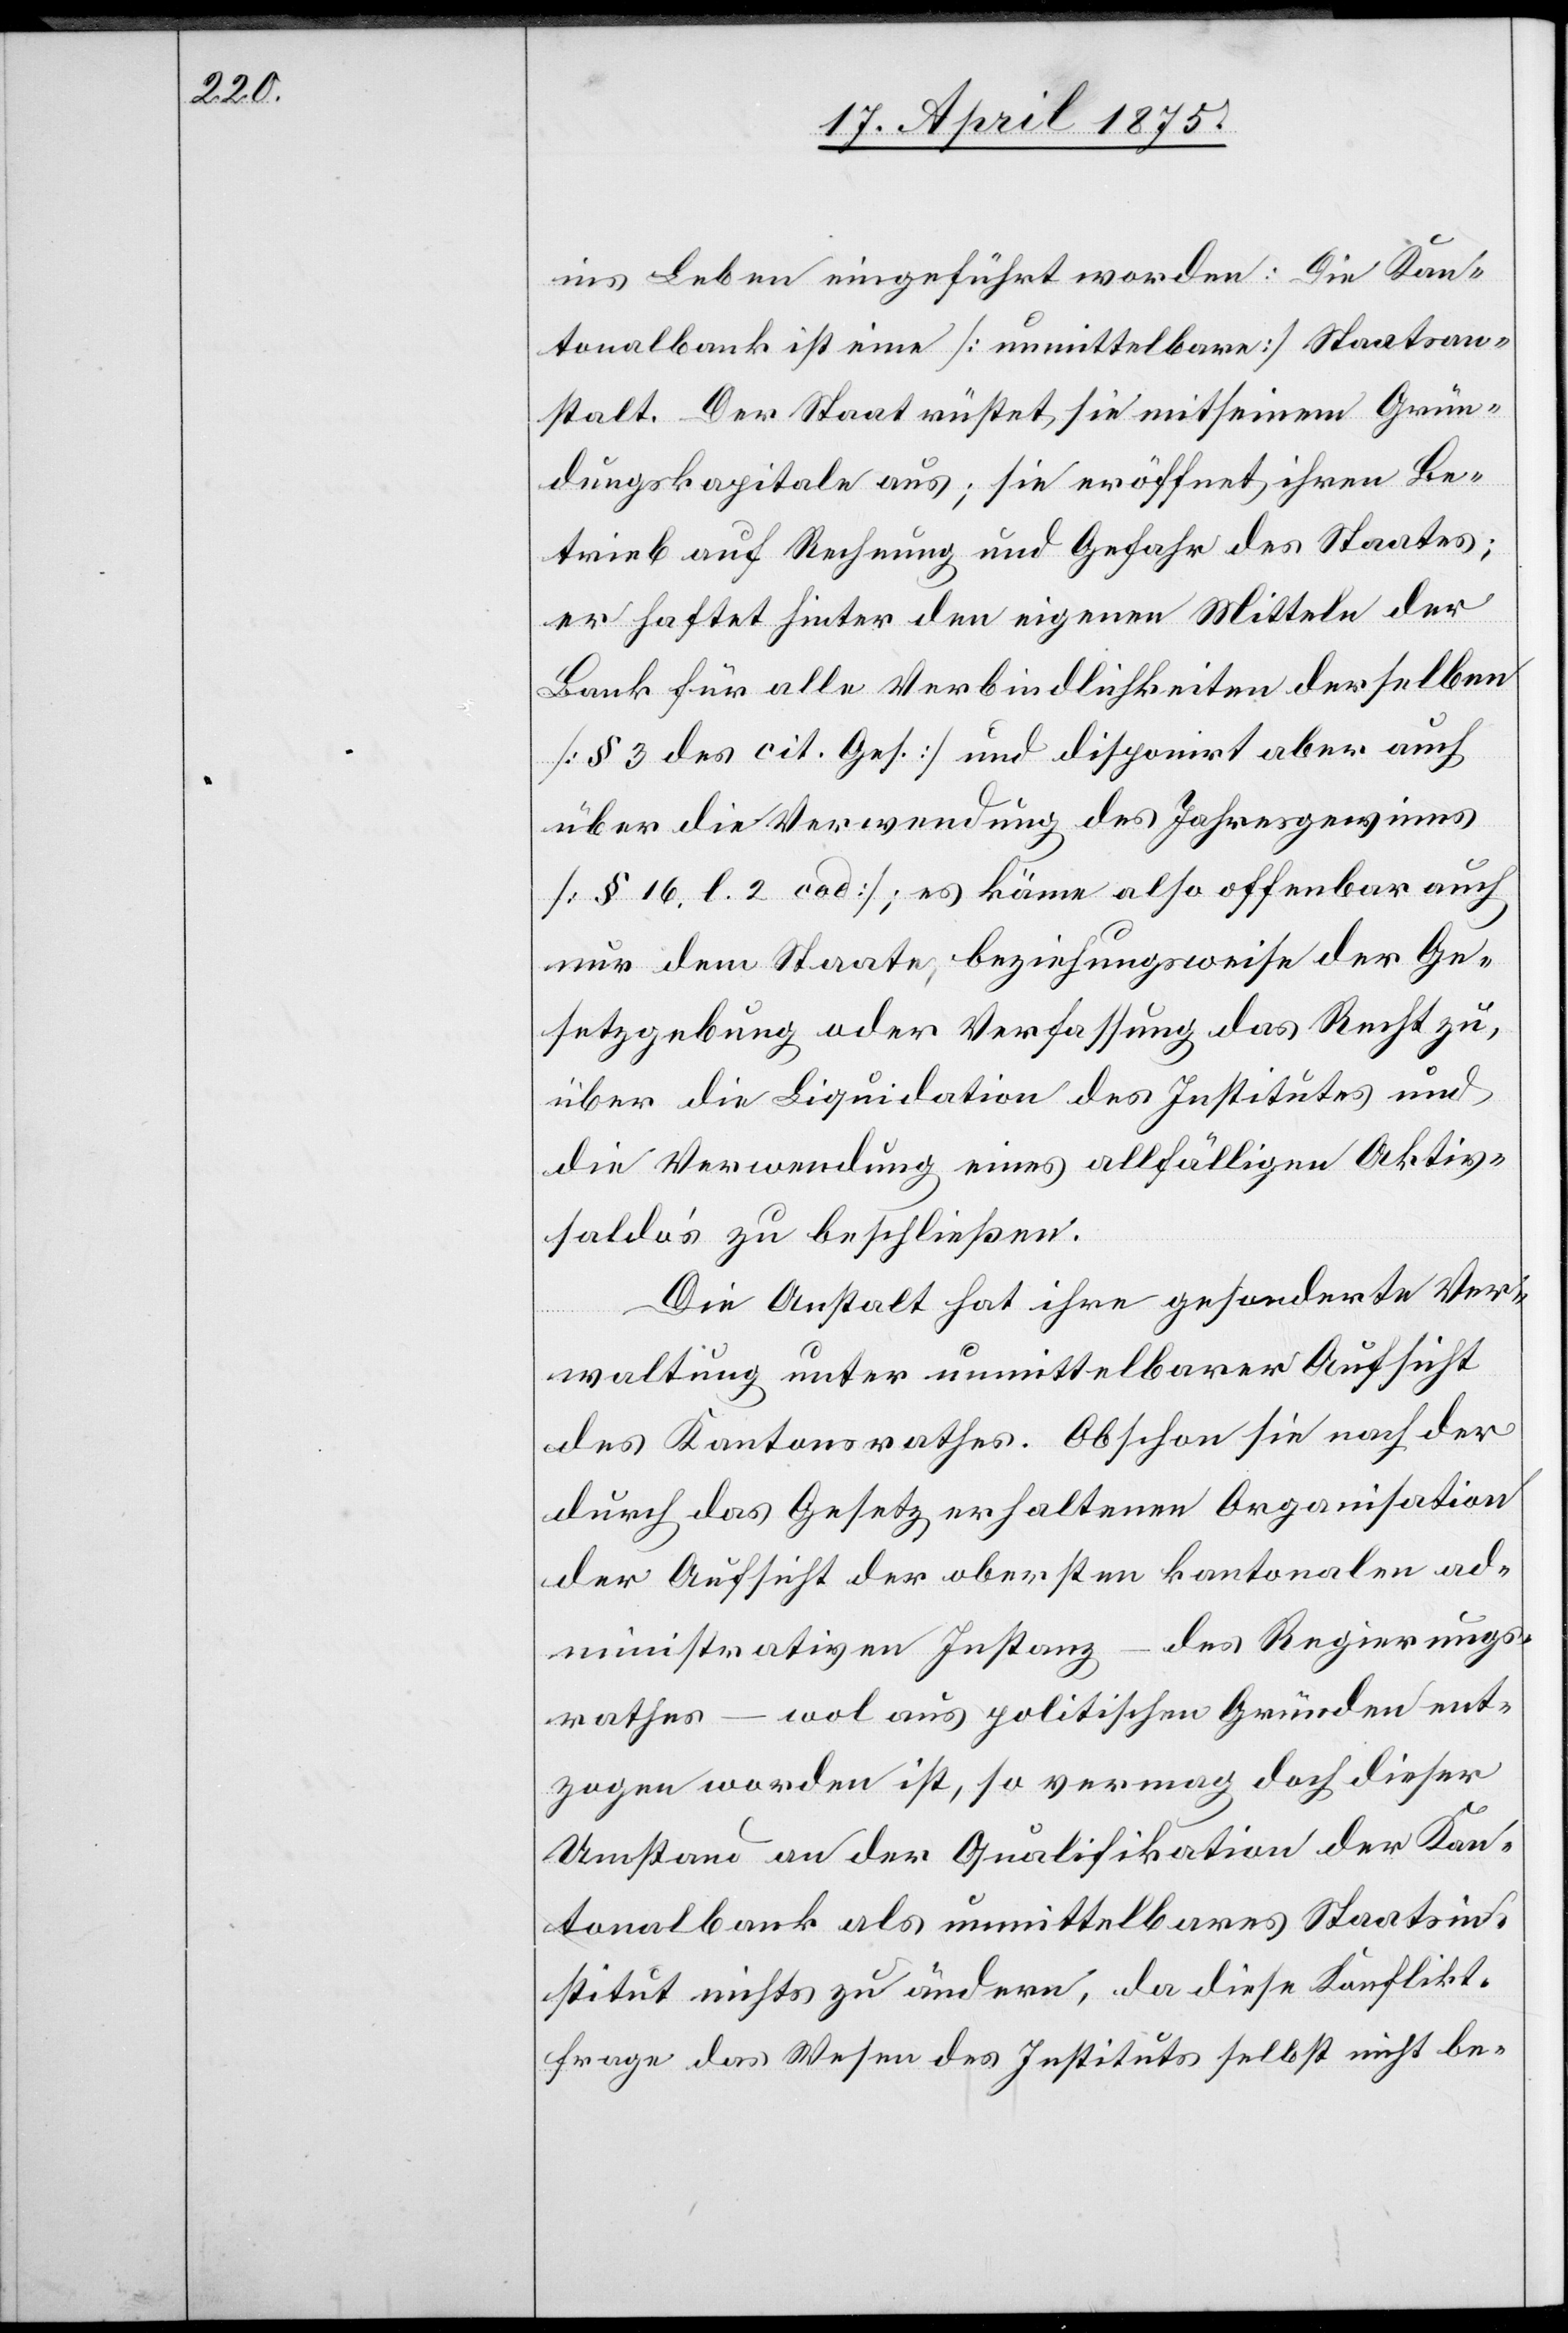
ins Leben eingeführt worden: Die Kan¬
tonalbank ist eine [unmittelbare] Staatsan¬
stalt. Der Staat rüstet sie mit seinem Grün¬
dungskapitale aus; sie eröffnet ihren Be¬
trieb auf Rechnung und Gefahr des Staates;
er haftet hinter den eigenen Mitteln der
Bank für alle Verbindlichkeiten derselben
[§ 3 des cit. Ges.] und disponirt aber auch
über die Verwendung des Jahresgewinns
[§ 16. l. 2 cad]; es käme also offenbar auch
nur dem Staate, beziehungsweise der Ge¬
setzgebung oder Verfassung das Recht zu,
über die Liquidation des Institutes und
die Verwendung eines allfälligen Aktiv¬
saldo’s zu beschließen.
Die Anstalt hat ihre gesonderte Ver¬
waltung unter unmittelbarer Aufsicht
des Kantonsrathes. Obschon sie nach der
durch das Gesetz erhaltenen Organisation
der Aufsicht der obersten kantonalen ad¬
des Regierungs¬
ministrativen Instanz
rathes – wol aus politischen Gründen ent¬
zogen worden ist, so vermag doch dieser
Umstand an der Qualifikation der Kan¬
tonalbank als unmittelbares Staatsin¬
stitut nichts zu ändern, da diese Konflikt¬
frage das Wesen des Instituts selbst nicht be-